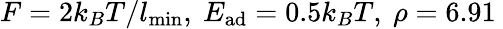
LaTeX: F=2k_{B}T/l_{\mathrm{min}},~E_{\mathrm{ad}}=0.5k_{B}T,~\rho=6.91\